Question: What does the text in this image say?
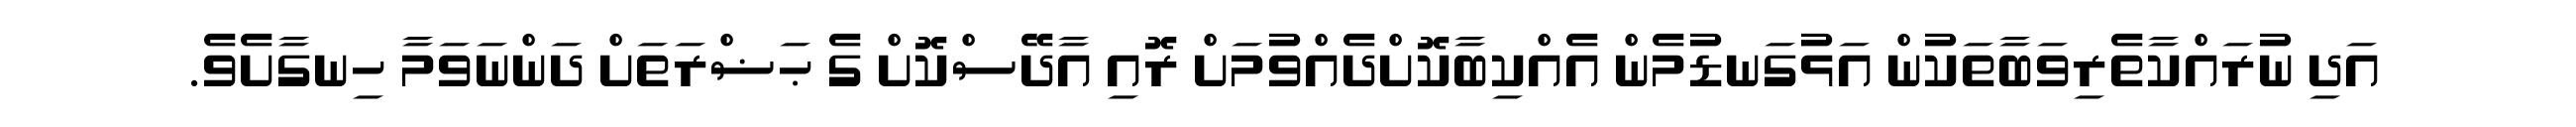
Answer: އަދި ނުރައްކާތެރިވަބާތަކުން އަޅުގަނޑުމެން އެއްކިބާކޮށްދެއްވުމަށް ރޮއި އާދޭސްކޮށް ގެ ޙަޟްރަތަށް ދަންނަވަމާ ހިނގާށެވެ.